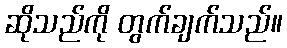
ဆိုသည်ကို တွက်ချက်သည်။